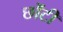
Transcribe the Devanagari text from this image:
छोंटी